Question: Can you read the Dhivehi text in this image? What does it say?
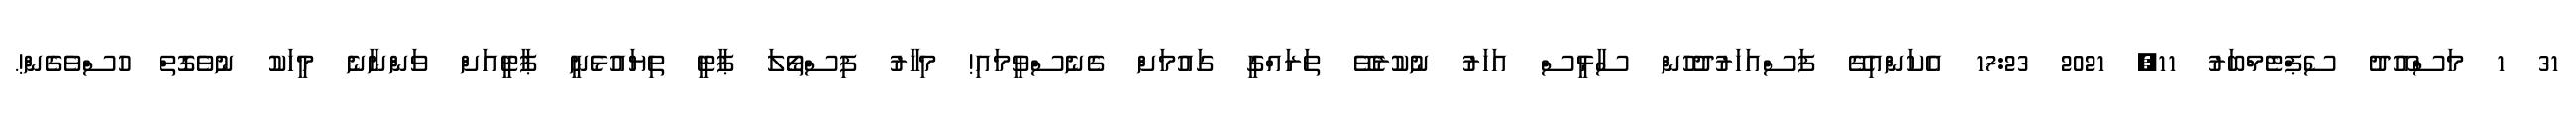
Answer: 31 1 މަސްއޫދު ސެޕްޓެމްބަރު 11, 2021 17:23 އެކަންއިގޭ ފަސްއަހަރުދުހުން ސާޅީސް އަހަރު ނުކުރެވޭ ތަރައްގީ ގައުމަށް ގެނެސްވީމައި! މިހާރު ފިސްތޯލަ ޕާޓީ ތިޔައުޅެނީ ޕާޓީއަށް ވަންނާނެ މީހަކު ނުވެގޮތް ހުސްވެގެން!.